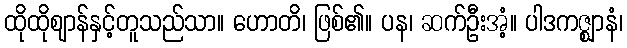
ထိုထိုဈာန်နှင့်တူသည်သာ။ ဟောတိ၊ ဖြစ်၏။ ပန၊ ဆက်ဦးအံ့။ ပါဒကဇ္ဈာနံ၊